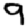
Digit: 9